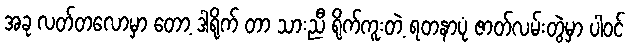
အခု လတ်တလောမှာ တော့ ဒါရိုက် တာ သားညီ ရိုက်ကူးတဲ့ ရတနာပုံ ဇာတ်လမ်းတွဲမှာ ပါဝင်